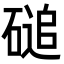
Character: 磓